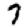
Digit: 7